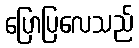
ပြောပြလေသည်